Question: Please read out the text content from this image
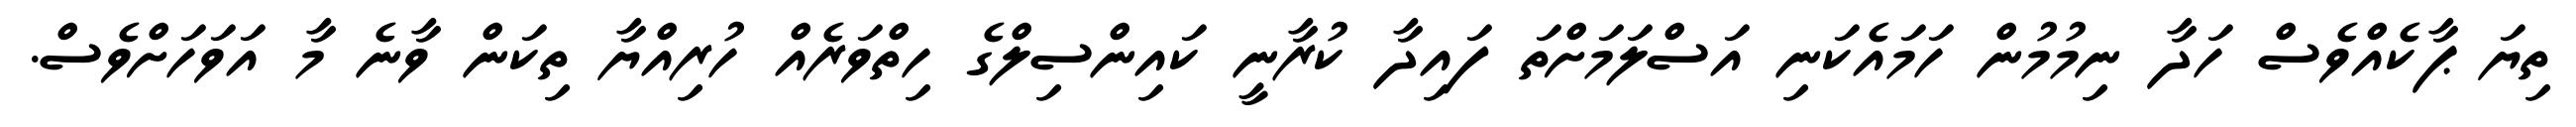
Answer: ތިޔަ ޕާކެއްވެސް ހަދާ ނިމުމުން ހަމައެކަނި އަސްލަމަށްތަ ފައިދާ ކުރާނީ ކައިންސިލްގެ ހިތްވަރެއް ހުރިއްޔާ ތިކަން ވާނެ މާ އަވަހަށްވެސް.